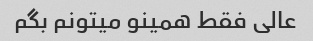
عالی فقط همینو میتونم بگم